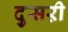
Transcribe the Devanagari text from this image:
दुसऱी